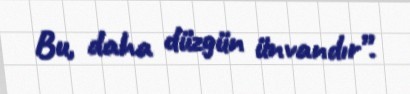
Bu, daha düzgün ünvandır”.